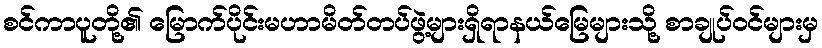
စင်ကာပူတို့၏ မြောက်ပိုင်းမဟာမိတ်တပ်ဖွဲ့များရှိရာနယ်မြေများသို့ စာချုပ်ဝင်များမှ